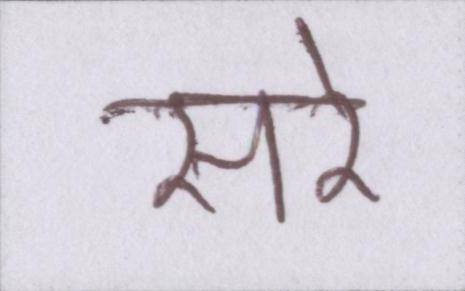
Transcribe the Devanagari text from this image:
सरे